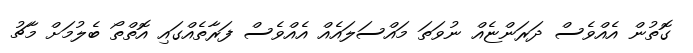
ގޮތުން އެއްވެސް ދަރަންޏެއް ނުވަތަ މައްސަލައެއް އެއްވެސް ފަރާތެއްގައި އޮތްތޯ ބެލުމަށް މާޗު